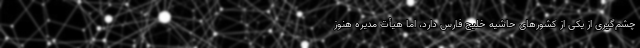
چشم‌گیری از یکی از کشورهای حاشیه خلیج فارس دارد، اما هیأت مدیره هنوز